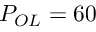
P _ { O L } = 6 0 ~ \